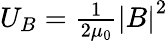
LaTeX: \begin{array}{r}{{U_{B}}=\frac{1}{{2{\mu_{0}}}}{\left|B\right|^{2}}}\end{array}